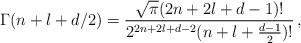
LaTeX: \begin{align*}\Gamma(n+l+d/ 2)=\frac{\sqrt{\pi}(2 n+2 l+d-1) !}{2^{2 n+2 l+d-2}(n+l+\frac{d-1}{2}) !}\,,\end{align*}